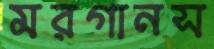
মরগানস